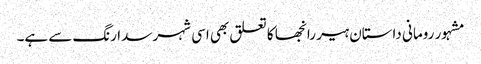
مشہور رومانی داستان ہیر رانجھا کا تعلق بھی اسی شہر سدا رنگ سے ہے۔